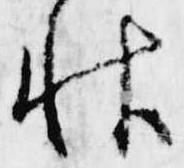
秋